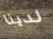
لدينا